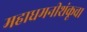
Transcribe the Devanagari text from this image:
महाधमनीशंकूचा